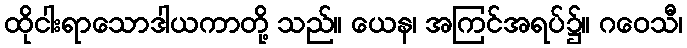
ထိုငါးရာသောဒါယကာတို့ သည်။ ယေန၊ အကြင်အရပ်၌။ ဂဝေသီ၊